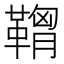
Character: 𩌠